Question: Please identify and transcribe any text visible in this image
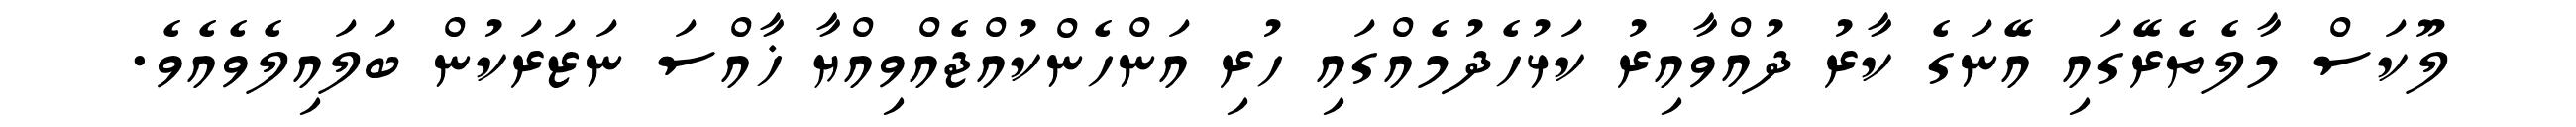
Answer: ލޫކަސް މާލެތެރޭގައި އޭނަގެ ކާރު ދުއްވާއިރު ކަޅުހެދުމެއްގައި ހުރި އަންހެންކުއްޖެއްވިއްޔާ ޚާއްސަ ނަޒަރަކުން ބަލައިލެވެއެވެ.